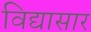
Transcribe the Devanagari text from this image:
विद्यासार